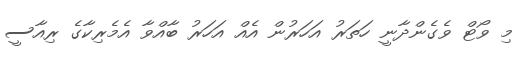
މި ވޯޓް ވެގެންދާނީ ހަތަރު އަހަރުން އެއް އަހަރު ބާއްވާ އެމެރިކާގެ ރިއާސީ